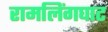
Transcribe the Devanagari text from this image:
रामलिंगघाट